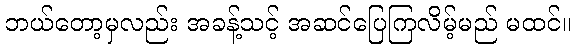
ဘယ်တော့မှလည်း အခန့်သင့် အဆင်ပြေကြလိမ့်မည် မထင်။